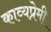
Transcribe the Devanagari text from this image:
काव्यप्रेमी